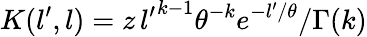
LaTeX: K(l^{\prime},l)=z\, {l^{\prime}}^{k-1}\theta^{-k}e^{-l^{\prime}/\theta}/\Gamma(k)